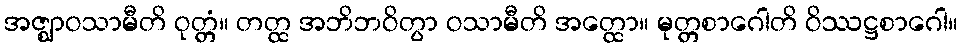
အဇ္ဈာဝသာမီတိ ဝုတ္တံ။ တတ္ထ အဘိဘဝိတွာ ဝသာမီတိ အတ္ထော။ မုတ္တစာဂေါတိ ဝိဿဋ္ဌစာဂေါ။